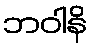
ဘဝါနိ